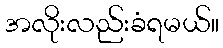
အလိုးလည်းခံရမယ်။